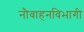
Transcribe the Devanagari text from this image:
नौवाहनविभागी